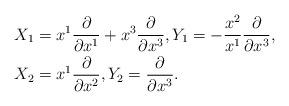
LaTeX: \begin{align*}& X_1=x^1\dfrac{\partial}{\partial x^1}+x^3\dfrac{\partial}{\partial x^3},Y_1=-\dfrac{x^2}{x^1}\dfrac{\partial}{\partial x^3},\\& X_2=x^1\dfrac{\partial}{\partial x^2} ,Y_2=\dfrac{\partial}{\partial x^3}.\end{align*}